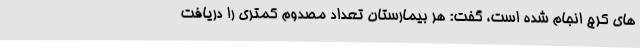
های کرج انجام شده است، گفت: هر بیمارستان تعداد مصدوم کمتری را دریافت